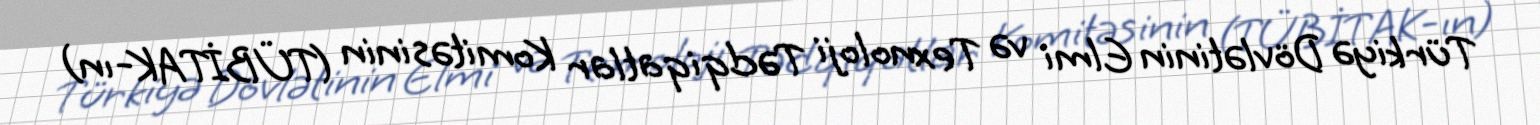
Türkiyə Dövlətinin Elmi və Texnoloji Tədqiqatlar Komitəsinin (TÜBİTAK-ın)